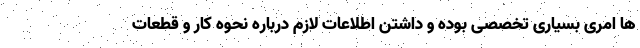
ها امری بسیاری تخصصی بوده و داشتن اطلاعات لازم درباره نحوه کار و قطعات